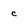
Character: c